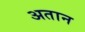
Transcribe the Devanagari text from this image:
अतान